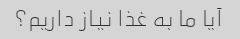
آیا ما به غذا نیاز داریم؟